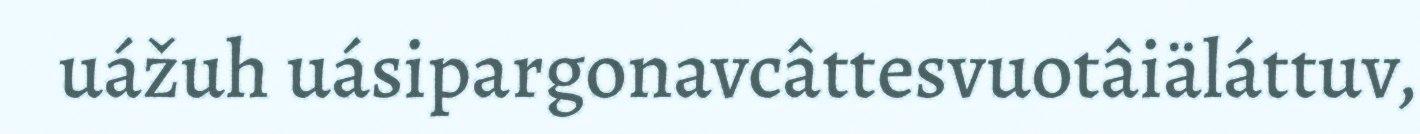
uážuh uásipargonavcâttesvuotâiäláttuv,